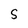
Character: S